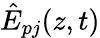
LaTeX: \hat{E}_{pj}(z,t)